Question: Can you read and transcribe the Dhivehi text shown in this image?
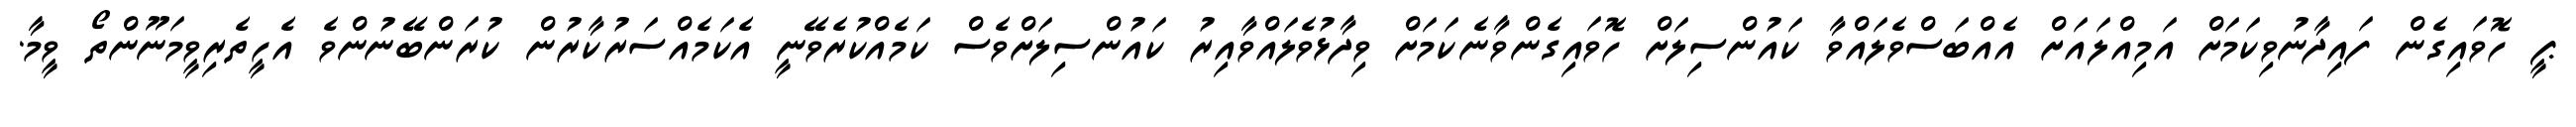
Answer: ޕީ ހޮވައިގެން ފައިދާނުވިކަމަށް އަމިއްލައަށް އެއްބަސްވެލައްވާ ކައުންސިލަށް ހޮވައިގެންވާނެކަމަށް ވިދާޅުވެލައްވާއިރު ކައުންސިލަށްވެސް ކަމެއްކުރެވޭނީ އެކަމެއްސަރުކާރުން ކުރަންބޭނުންވެ އެހީތެރިވީމަނޫންތޯ ވީމާ.